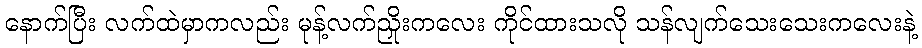
နောက်ပြီး လက်ထဲမှာကလည်း မုန့်လက်ညှိုးကလေး ကိုင်ထားသလို သန်လျက်သေးသေးကလေးနဲ့